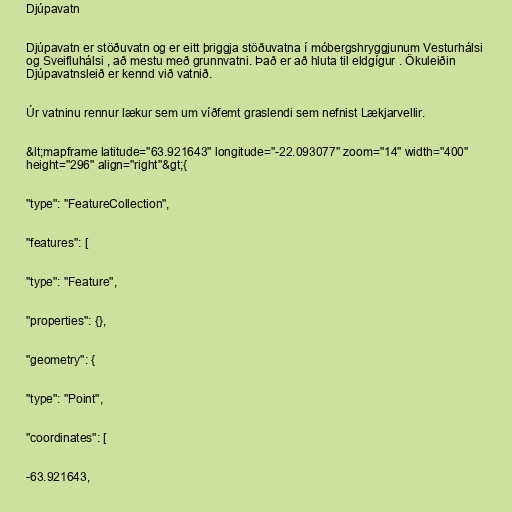
Djúpavatn

Djúpavatn er stöðuvatn og er eitt þriggja stöðuvatna í móbergshryggjunum Vesturhálsi
og Sveifluhálsi , að mestu með grunnvatni. Það er að hluta til eldgígur . Ökuleiðin
Djúpavatnsleið er kennd við vatnið.

Úr vatninu rennur lækur sem um víðfemt graslendi sem nefnist Lækjarvellir.

&lt;mapframe latitude="63.921643" longitude="-22.093077" zoom="14" width="400"
height="296" align="right"&gt;{

"type": "FeatureCollection",

"features": [

"type": "Feature",

"properties": {},

"geometry": {

"type": "Point",

"coordinates": [

-63.921643,